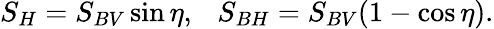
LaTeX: S_{H}=S_{BV}\sin\eta,~~~S_{BH}=S_{BV}(1-\cos\eta).